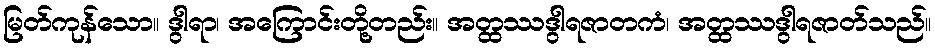
မြတ်ကုန်သော။ ဒွါရာ၊ အကြောင်းတို့တည်း။ အတ္ထဿဒွါရဇာတကံ၊ အတ္ထဿဒွါရဇာတ်သည်။